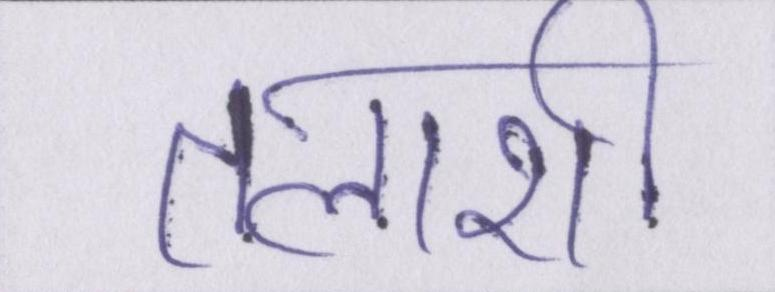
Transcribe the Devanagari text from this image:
तलाशी